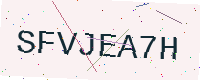
Text: SFVJEA7H